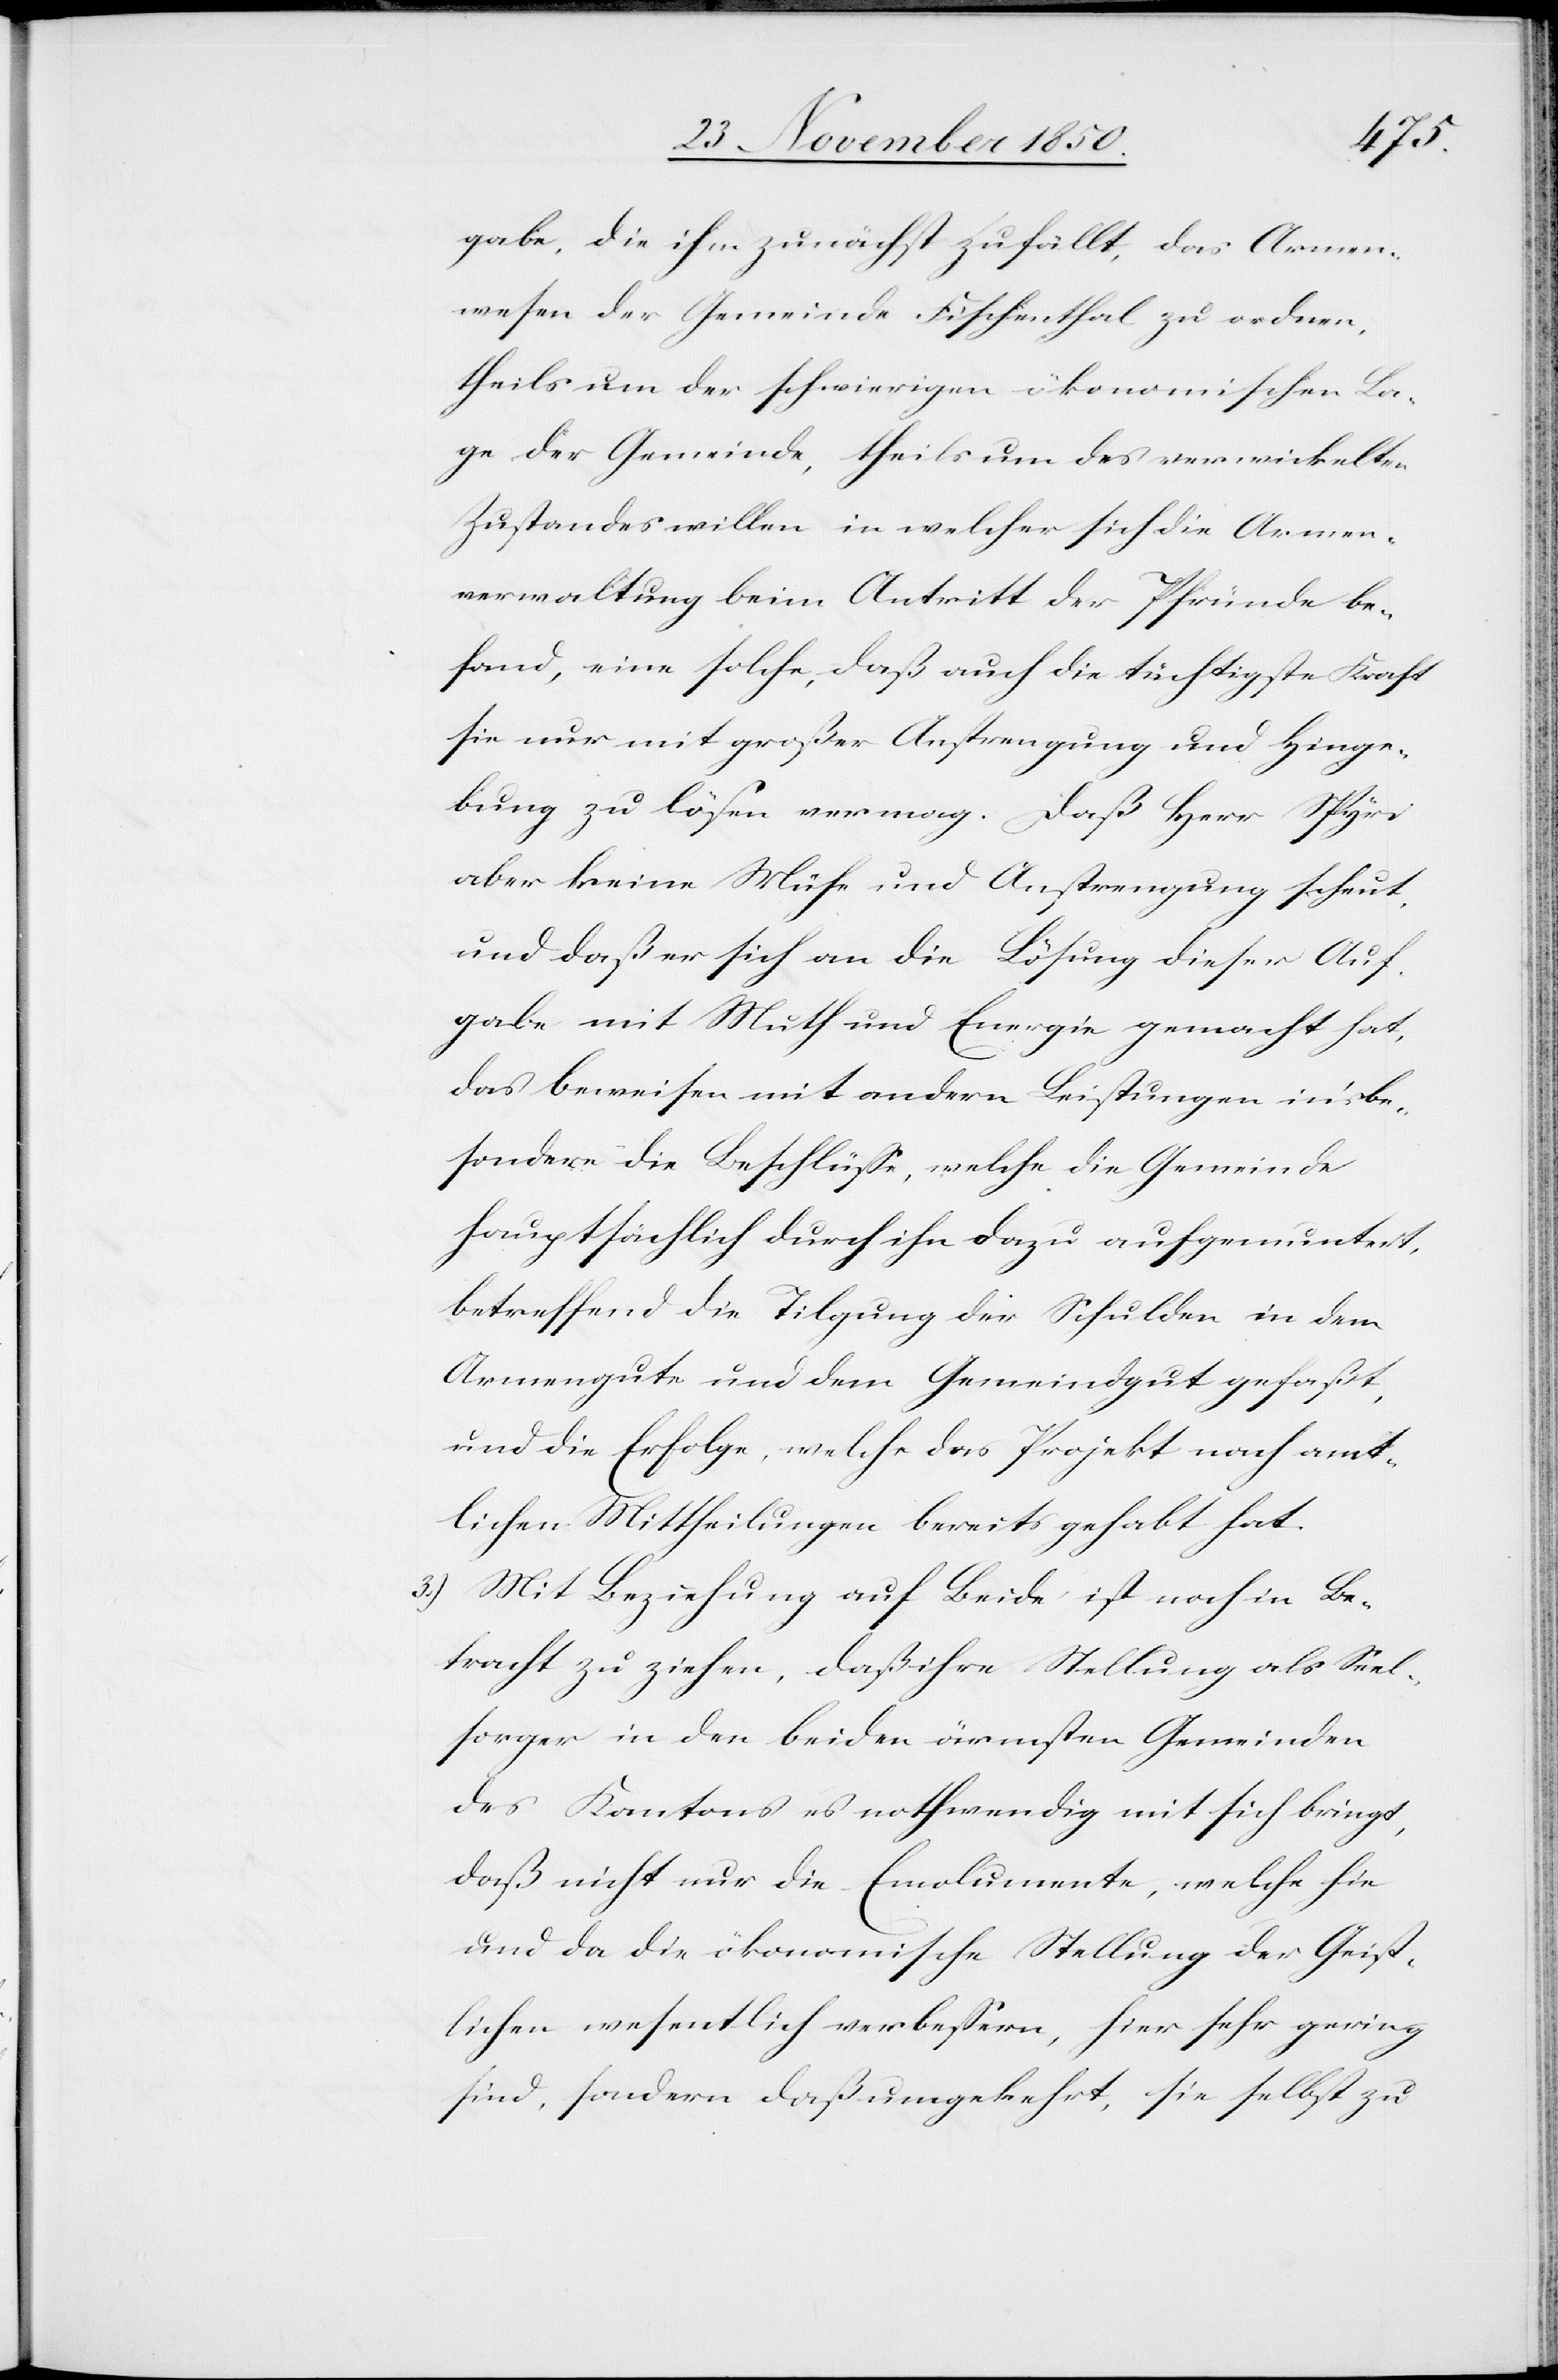
gabe, die ihm zunächst zufällt, das Armen¬
wesen der Gemeinde Fischenthal zu ordnen,
theils um der schwierigen ökonomischen La¬
ge der Gemeinde, theils um des verwickelten
Zustandes willen in welcher sich die Armen¬
verwaltung beim Antritt der Pfründe be¬
fand, eine solche, daß auch die tüchtigste Kraft
sie nur mit großer Anstrengung und Hinge¬
bung zu lösen vermag. Daß Herr Spyri
aber keine Mühe und Anstrengung scheut,
und daß er sich an die Lösung dieser Auf¬
gabe mit Muth und Energie gemacht hat,
das beweisen mit andern Leistungen in’s be¬
sondere die Beschlüsse, welche die Gemeinde
hauptsächlich durch ihn dazu aufgemuntert,
betreffend die Tilgung der Schulden in dem
Armengute und dem Gemeindgut gefaßt,
und die Erfolge, welche das Projekt nach amt¬
lichen Mittheilungen bereits gehabt hat.
3.) Mit Beziehung auf Beide ist noch in Be¬
tracht zu ziehen, daß ihre Stellung als Seel¬
sorger in den beiden ärmsten Gemeinden
des Kantons es nothwendig mit sich bringt,
daß nicht nur die Emolumente, welche hie
und da die ökonomische Stellung der Geist¬
lichen wesentlich verbessern, hier sehr gering
sind, sondern daß umgekehrt, sie selbst zu